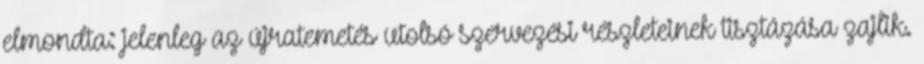
elmondta: jelenleg az újratemetés utolsó szervezési részleteinek tisztázása zajlik.